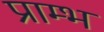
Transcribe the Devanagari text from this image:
प्राम्‍भ